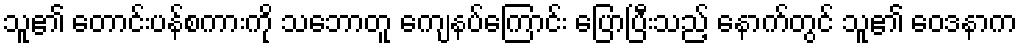
သူ၏ တောင်းပန်စကားကို သဘောတူ ကျေနပ်ကြောင်း ပြောပြီးသည့် နောက်တွင် သူ၏ ဝေဒနာက